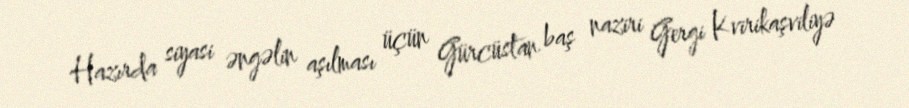
Hazırda siyasi əngəlin aşılması üçün Gürcüstan baş naziri Gergi Kvirikaşviliyə